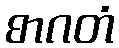
စာဂတံ